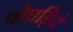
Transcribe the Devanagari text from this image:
चौघड़िये